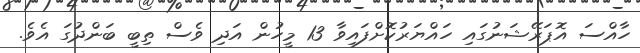
ހާއްސަ އޮޕަރޭޝަނުގައި ހައްޔަރުކޮށްފައިވާ 13 މީހުން އަދި ވެސް ތިބީ ބަންދުގަ އެވެ.